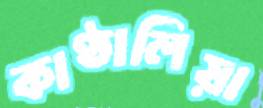
কাণ্ঠালিয়া